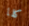
كلا